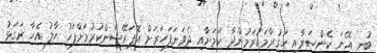
ބުނީ އޭނަ ކެންސަރާއި ހަގުރާމަކުރަމުންދާ ކަމަށާއި ދެވަނަފަހަރަށް އޮޕަރޭޝަންކުރުމަށްފަހު ހާލު އެހާ ރަގަޅު